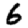
Digit: 6